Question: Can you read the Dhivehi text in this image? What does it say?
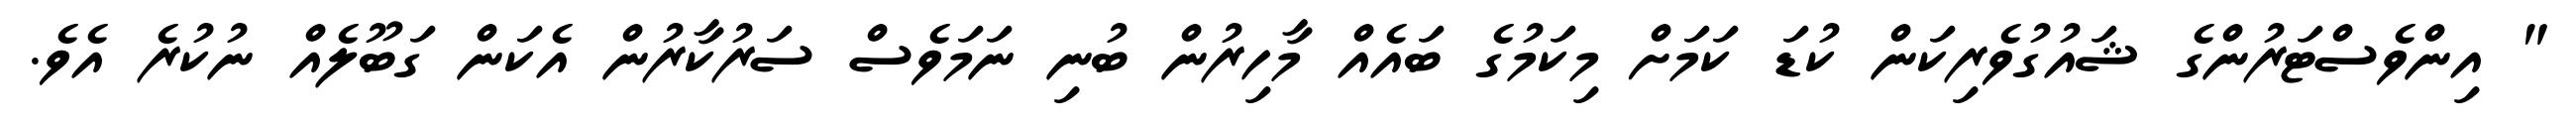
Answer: " އިންވެސްޓަރުންގެ ޝައުގުވެރިކަން ކުޑަ ކަމަށް މިކަމުގެ ބައެއް މާހިރުން ބުނި ނަމަވެސް ސަރުކާރުން އެކަން ގަބޫލެއް ނުކުރެ އެވެ.